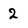
Character: 2